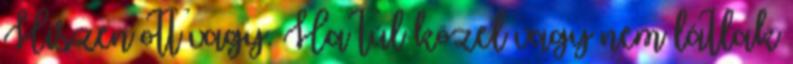
Hiszen ott vagy. Ha túl közel vagy nem látlak